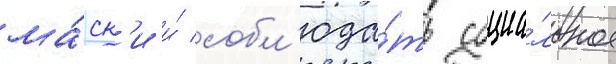
ма́ск'и и́ собл'юда́ть социа́льное